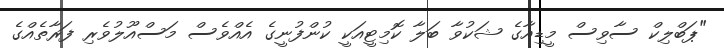
"ޕަބްލިކް ސާވިސް މީޑިއާގެ ޝަކުވާ ބަލާ ކޮމިޓީއަކީ ކުންފުނީގެ އެއްވެސް މަސްއޫލުވެރި ފަރާތެއްގެ